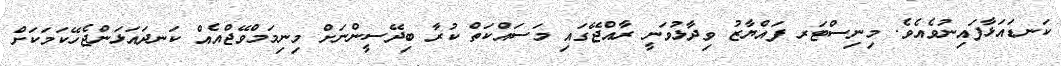
ކަނޑައަޅާފައިނުވެއެވެ. މިނިސްޓަރ ފައްޔާޒު ވިދާޅުވަނީ ރާއްޖޭގައި މަސައްކަތް ކުރާ ބިދޭސީންނަށް މިނިމަމްވޭޖްއެއް ކަނދައަޅަންޖެހޭކަމަކަށް